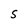
Character: S